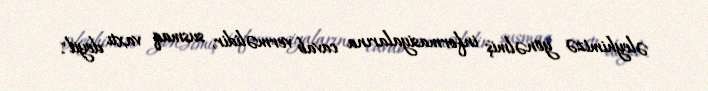
əleyhimizə yönəlmiş informasiyalarına cavab verməlidir, susmaq vaxtı deyil".